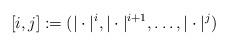
LaTeX: \begin{align*} [i,j]:=(|\cdot|^i, |\cdot|^{i+1}, \ldots, |\cdot|^j)\end{align*}